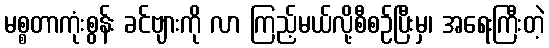
မစ္စတာကုံးစွန်း ခင်ဗျားကို လာ ကြည့်မယ်လို့စီစဉ်ပြီးမှ၊ အရေးကြီးတဲ့